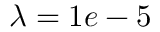
\lambda = 1 e - 5